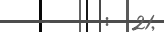
-     :  21